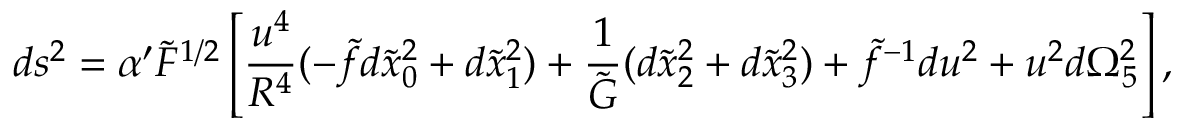
d s ^ { 2 } = \alpha ^ { \prime } \tilde { F } ^ { 1 / 2 } \left[ \frac { u ^ { 4 } } { R ^ { 4 } } ( - \tilde { f } d \tilde { x } _ { 0 } ^ { 2 } + d \tilde { x } _ { 1 } ^ { 2 } ) + \frac { 1 } { \tilde { G } } ( d \tilde { x } _ { 2 } ^ { 2 } + d \tilde { x } _ { 3 } ^ { 2 } ) + \tilde { f } ^ { - 1 } d u ^ { 2 } + u ^ { 2 } d \Omega _ { 5 } ^ { 2 } \right] ,